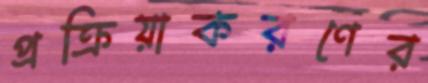
প্রক্রিয়াকরণের